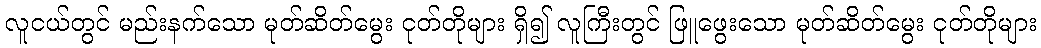
လူငယ်တွင် မည်းနက်သော မုတ်ဆိတ်မွေး ငုတ်တိုများ ရှိ၍ လူကြီးတွင် ဖြူဖွေးသော မုတ်ဆိတ်မွေး ငုတ်တိုများ